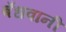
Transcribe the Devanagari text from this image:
बँधवानी